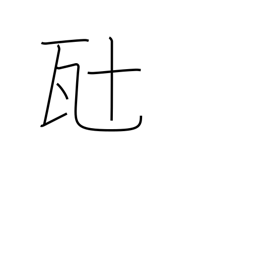
Meaning: ten grams